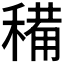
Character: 𥡘